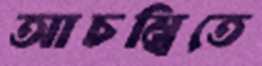
আচম্বিতে